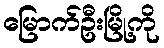
မြောက်ဦးမြို့ကို